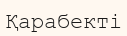
Қарабекті